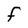
Character: F